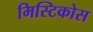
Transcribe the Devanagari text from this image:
मिस्टिकोस